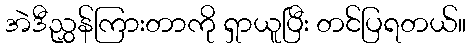
အဲဒီညွှန်ကြားတာကို ရှာယူပြီး တင်ပြရတယ်။